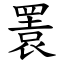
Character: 瞏